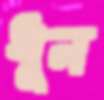
ধূন